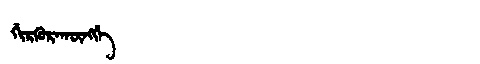
Manchu: ᡤᡳᡵᡴᡠᡵᠠᡴᡡᠩᡤᡝ
Romanization: GIRKURAKŪNGGE